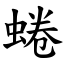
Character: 蜷